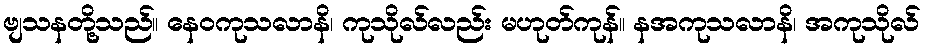
ဗျသနတို့သည်။ နေဝကုသလာနိ၊ ကုသိုလ်လည်း မဟုတ်ကုန်။ နအကုသလာနိ၊ အကုသိုလ်